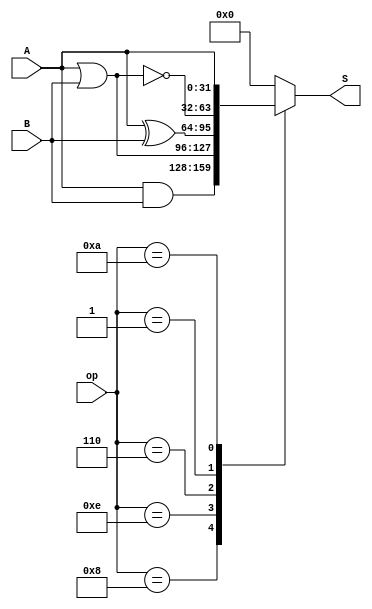
module ALU_logic(A, B, op, S);

input [31:0] A, B;
input [3:0] op; // op=ALUFun[3:0]
output reg [31:0] S;

always @(A or B or op) begin case (op)4'b1000 : S = A & B; // AND
4'b1110 : S = A | B;                                       // OR
4'b0110 : S = A ^ B;                                       // XOR
4'b0001 : S = ~(A | B);                                    // NOR
4'b1010 : S = A;                                           //"A"
default:
S = 0;
endcase end endmodule